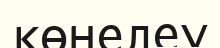
көнелеу